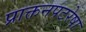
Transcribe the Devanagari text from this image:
प्राक्तनपटरेषा